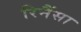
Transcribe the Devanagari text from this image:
रिनैंसा